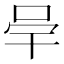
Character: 𭇖